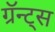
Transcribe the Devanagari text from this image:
ग्रॅन्ट्स